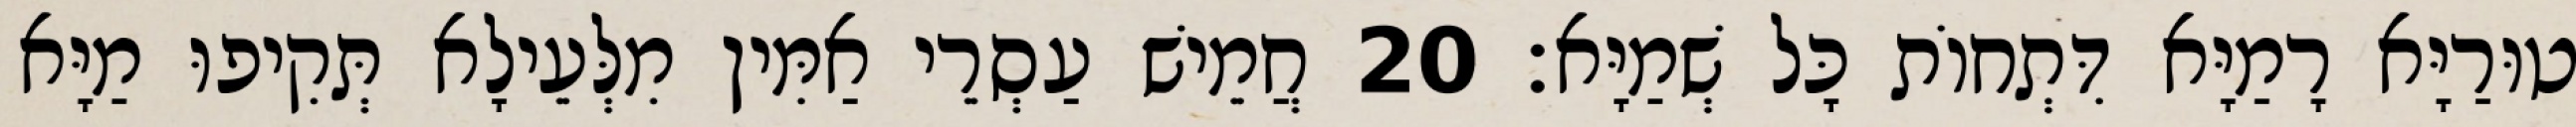
טוּרַיָּא רָמַיָּא דִּתְחוֹת כָּל שְׁמַיָּא׃ 20 חֲמֵישׁ עַסְרֵי אַמִּין מִלְּעֵילָא תְּקִיפוּ מַיָּא